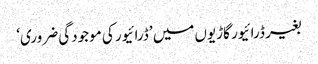
بغیر ڈرائیور گاڑیوں میں ’ڈرائیور کی موجودگی ضروری‘